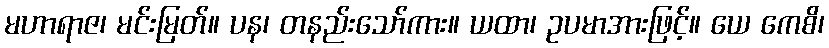
မဟာရာဇ၊ မင်းမြတ်။ ပန၊ တနည်းသော်ကား။ ယထာ၊ ဥပမာအားဖြင့်။ ယေ ကေစိ၊